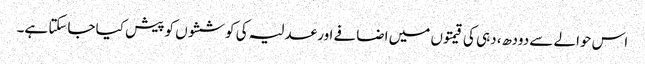
اس حوالے سے دودھ، دہی کی قیمتوں میں اضافے اور عدلیہ کی کوششوں کو پیش کیا جاسکتا ہے۔